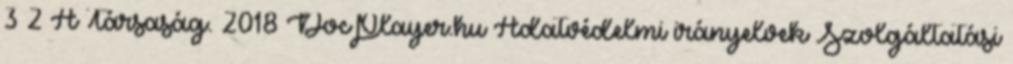
3 2 A Társaság. 2018 DocPlayer.hu Adatvédelmi irányelvek Szolgáltatási